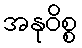
အနုဝိစ္စ